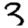
Digit: 3